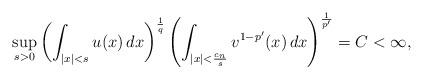
LaTeX: \begin{align*}\sup_{s>0}\left(\int_{|x|<s} u(x)\,dx\right)^{\frac 1 q}\left(\int_{|x|<\frac{c_n}{s}}v^{1-p'}(x)\,dx\right)^{\frac 1{p'}}=C<\infty,\end{align*}